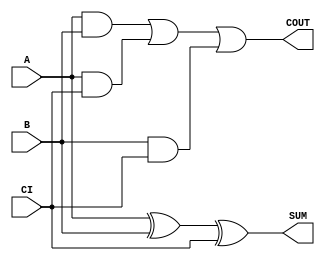
module sky130_fd_sc_ls__fah (
    COUT,
    SUM ,
    A   ,
    B   ,
    CI
);

    // Module ports
    output COUT;
    output SUM ;
    input  A   ;
    input  B   ;
    input  CI  ;

    // Module supplies
    supply1 VPWR;
    supply0 VGND;
    supply1 VPB ;
    supply0 VNB ;

    // Local signals
    wire xor0_out_SUM;
    wire a_b         ;
    wire a_ci        ;
    wire b_ci        ;
    wire or0_out_COUT;

    //  Name  Output        Other arguments
    xor xor0 (xor0_out_SUM, A, B, CI       );
    buf buf0 (SUM         , xor0_out_SUM   );
    and and0 (a_b         , A, B           );
    and and1 (a_ci        , A, CI          );
    and and2 (b_ci        , B, CI          );
    or  or0  (or0_out_COUT, a_b, a_ci, b_ci);
    buf buf1 (COUT        , or0_out_COUT   );

endmodule